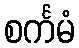
စင်္ကမံ